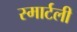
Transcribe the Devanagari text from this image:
स्मार्टली